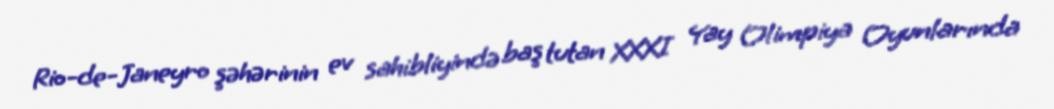
Rio-de-Janeyro şəhərinin ev sahibliyində baş tutan XXXI Yay Olimpiya Oyunlarında